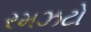
રમઝટો